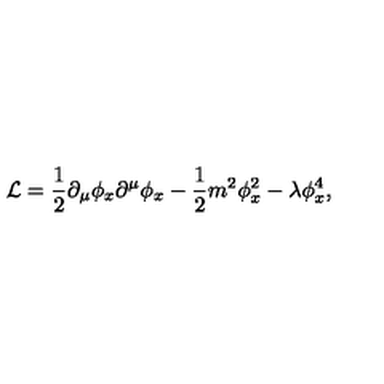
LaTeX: { \cal L } = { \frac { 1 } { 2 } } \partial _ { \mu } \phi _ { x } \partial ^ { \mu } \phi _ { x } - { \frac { 1 } { 2 } } m ^ { 2 } \phi _ { x } ^ { 2 } - \lambda \phi _ { x } ^ { 4 } ,